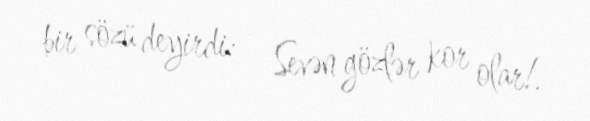
bir sözü deyirdi: - Sevən gözlər kor olar!.